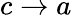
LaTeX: c\to a